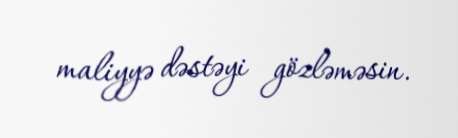
maliyyə dəstəyi gözləməsin.